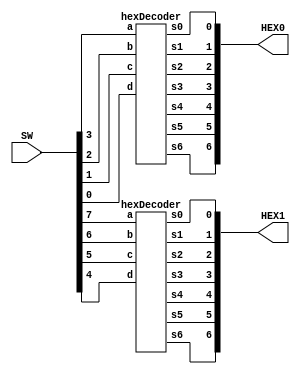
module part3(SW, HEX0, HEX1);
	input [9:0]SW;
	output [6:0]HEX0;
	output [6:0]HEX1;
	hexDecoder U1(SW[0], SW[1], SW[2], SW[3], HEX0[0], HEX0[1], HEX0[2], HEX0[3], HEX0[4], HEX0[5], HEX0[6]);
	hexDecoder U2(SW[4], SW[5], SW[6], SW[7], HEX1[0], HEX1[1], HEX1[2], HEX1[3], HEX1[4], HEX1[5], HEX1[6]);
endmodule

module hexDecoder(d, c, b, a, s0, s1, s2, s3, s4, s5, s6);
	input a, b, c, d;
	output s0, s1, s2, s3, s4, s5, s6;
	assign s0 = (a & b & ~c & d) || (a & ~b & c & d) || (~a & b & ~c & ~d) || (~a & ~b & ~c & d);
	assign s1 = (a & b & ~d) || (a & c & d) || (~a & b & ~c & d) || (b & c & ~d);
	assign s2 = (a & b & c) || (a & b & ~d) || (~a & ~b & c & ~d);
	assign s3 = (a & ~b & c & ~d) || (~a & b & ~c & ~d) || (b & c & d) || (~b & ~c & d);
	assign s4 = (~a & b & ~c) || (~a & d) || (~b & ~c & d);
	assign s5 = (a & b & ~c & d) || (~a & ~b & c) || (~a & ~b & d) || (~a & c & d);
	assign s6 = (a & b & ~c & ~d) || (~a & b & c & d) || (~a & ~b & ~c);
endmodule